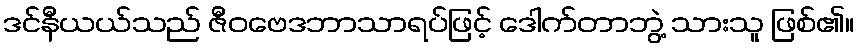
ဒင်နီယယ်သည် ဇီဝဗေဒဘာသာရပ်ဖြင့် ဒေါက်တာဘွဲ့ သားသူ ဖြစ်၏။